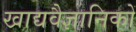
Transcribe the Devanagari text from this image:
खाद्यवैज्ञानिकों